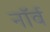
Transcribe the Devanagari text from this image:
नॉर्व